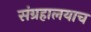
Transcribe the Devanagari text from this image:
संग्रहालयाच